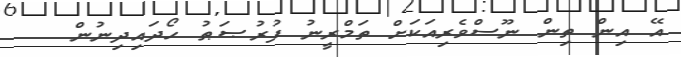
އޭ އިން ތިން ނޫސްވެރިއަކަށް ތަމްރީނު ފުރުޞަޠު ހޯދައިދިނުން